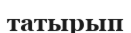
татырып